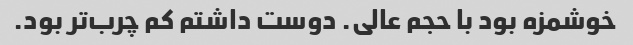
خوشمزه بود با حجم عالی. دوست داشتم کم چرب‌تر بود.